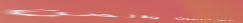
خدمة التنظيف الصحون والمن